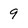
Character: 9